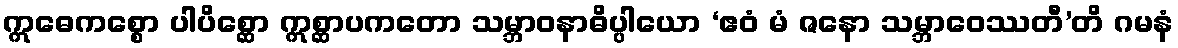
ဣဓေကစ္စော ပါပိစ္ဆော ဣစ္ဆာပကတော သမ္ဘာဝနာဓိပ္ပါယော ‘ဧဝံ မံ ဇနော သမ္ဘာဝေဿတီ’တိ ဂမနံ